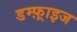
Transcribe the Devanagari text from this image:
डम्फ़्राइज